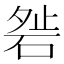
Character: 𥓇